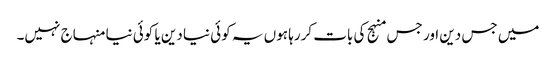
میں جس دین اور جس منہج کی بات کررہا ہوں یہ کوئی نیا دین یا کوئی نیا منہاج نہیں۔